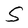
Character: S